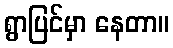
ရွာပြင်မှာ နေတာ။